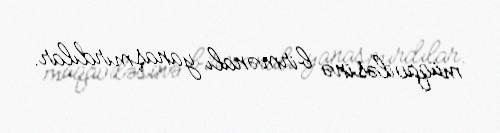
müqaviləsinə birmənalı yanaşmırdılar.